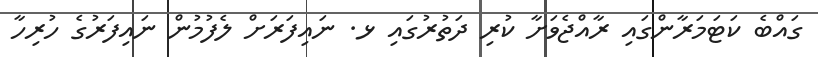
ގައްބެ ކަޓަމަރާންގައި ރާއްޖެވަށާ ކުރި ދަތުރުގައި ޅ. ނައިފަރަށް ލެފުމުން ނައިފަރުގެ ހުރިހާ